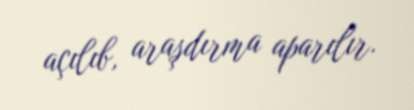
açılıb, araşdırma aparılır.